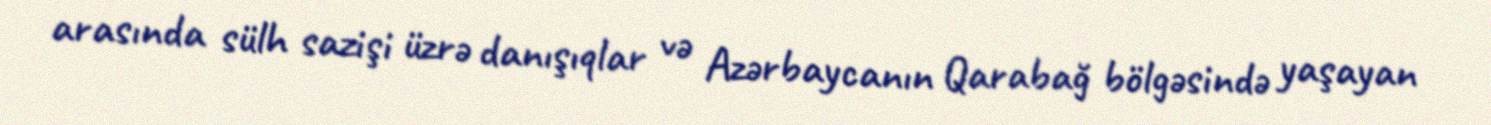
arasında sülh sazişi üzrə danışıqlar və Azərbaycanın Qarabağ bölgəsində yaşayan